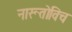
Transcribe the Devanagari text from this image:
नारूतोविच